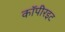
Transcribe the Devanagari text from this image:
कॉपीरइट